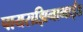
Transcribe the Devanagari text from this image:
पायराझिनामाईड